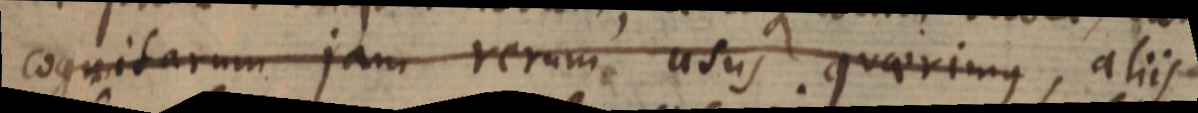
cognitarum jam rerum usus quaerimus, aliis